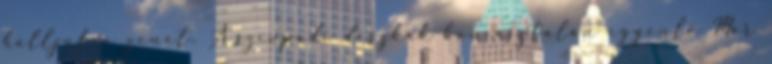
halljuk a zenét. A színpadi deszkák boncasztalán egyenlő Már